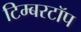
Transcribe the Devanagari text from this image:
टिम्बरटॉप